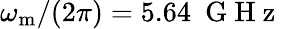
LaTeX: \omega_{\mathrm{m}}/(2\pi)=5.64\ \mathrm{~G~H~z~}